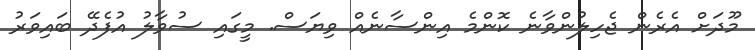
މޫދަށް އެރެން ޖެހިލުންވާނެ ކޮންމެ އިންސާނެއް ވިޔަސް. މީގައި ސުވާލު އުފެދޭ ބައިވަރު